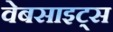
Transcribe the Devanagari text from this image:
वेबसाइट्‌स